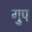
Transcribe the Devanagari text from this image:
गु्प